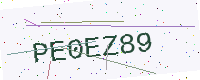
Text: PE0EZ89